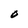
Character: O